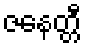
ဇနေတ္တီ